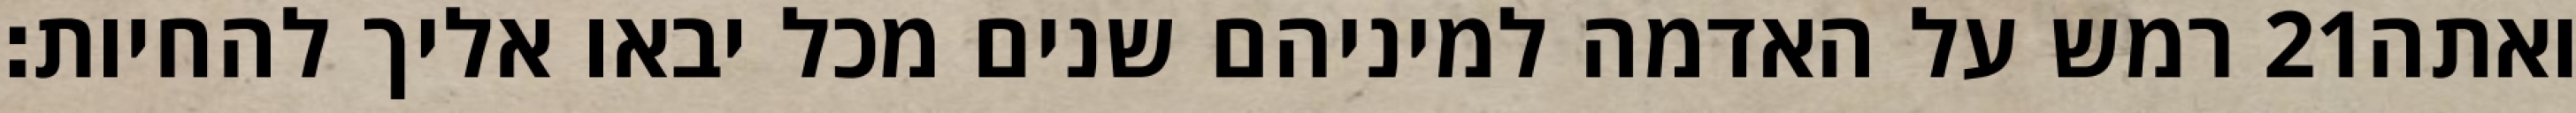
רמש על האדמה למיניהם שנים מכל יבאו אליך להחיות׃ ‎21‏ ואתה